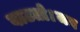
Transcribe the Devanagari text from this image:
वाटतो।जय